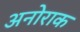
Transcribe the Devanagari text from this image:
अनोराक